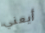
أيعني